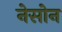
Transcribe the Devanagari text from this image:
नेसोन